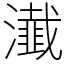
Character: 瀐